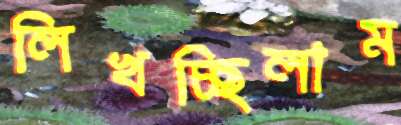
লিখচ্ছিলাম